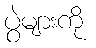
ပွဲများကို